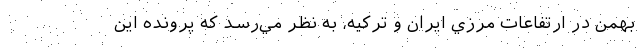
بهمن در ارتفاعات مرزي ايران و تركيه، به نظر مي‌رسد كه پرونده اين